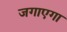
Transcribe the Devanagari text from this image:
जगाएगा